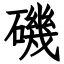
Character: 磯